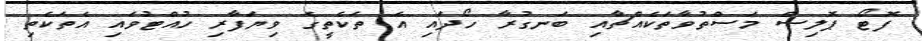
ފޮޓޯ ޕޮލިސް މަސްތުވާތަކެއްޗާއި ބަނގުރާ ހޯދައި އެ ތަކެތީގެ ވިޔަފާރި ހުއްޓުވައި އެތަކެތި